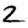
Digit: 2